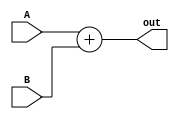
module Add8bit (
    A,
    B,
    out
);

  input [7:0] A, B;
  output [7:0] out;

  assign out = A + B;

endmodule